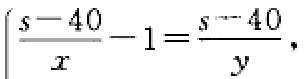
\(\frac{s - 40}{x}-1=\frac{s - 40}{y}\)